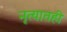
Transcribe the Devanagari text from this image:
नृत्यातही